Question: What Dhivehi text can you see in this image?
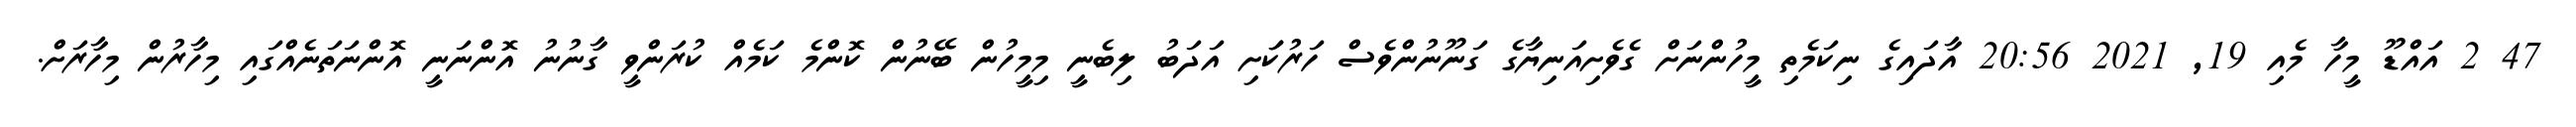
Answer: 47 2 އައްޑޫ މީހާ މެއި 19, 2021 20:56 އާދައިގެ ނިކަމެތި މީހުންނަށް ގެވެށިއަނިޔާގެ ގަނޫނުންވެސް ހަރުކަަށި އަދަބު ލިބެނީ މިމީހުން ބޭނުން ކޮންމެ ކަމެއް ކުރަންވީ ގާނުނު އޮންނަނީ އޮންނަތަނެއްގައި މިހާރުން މިހާރަށް.